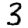
Digit: 3